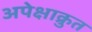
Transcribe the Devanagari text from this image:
अपेक्षाक्रुत